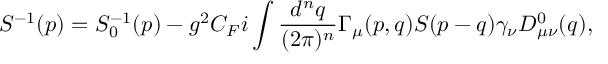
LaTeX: S ^ { - 1 } ( p ) = S _ { 0 } ^ { - 1 } ( p ) - g ^ { 2 } C _ { F } i \int { \frac { d ^ { n } q } { ( 2 \pi ) ^ { n } } } \Gamma _ { \mu } ( p , q ) S ( p - q ) \gamma _ { \nu } D _ { \mu \nu } ^ { 0 } ( q ) ,